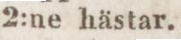
2:ne hästar.